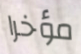
مؤخرا